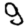
Digit: 9